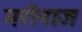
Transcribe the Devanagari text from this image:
मरीनाज